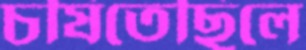
চষিতেছিলে